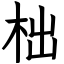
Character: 柮